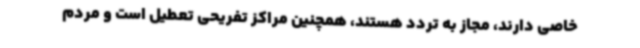
خاصی دارند، مجاز به تردد هستند، همچنین مراکز تفریحی تعطیل است و مردم